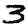
Digit: 3